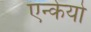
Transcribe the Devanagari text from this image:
एन्केयो